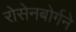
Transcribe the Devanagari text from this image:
रोसेनबोर्गने